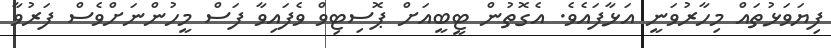
ފިޔަވަޅުތައް މިހާރުވަނީ އަޅާފައެވެ. އެގޮތުން ޓީބީއަށް ޕޮސިޓިވް ވެފައިވާ ފަސް މީހުންނަށްވެސް ފަރުވާ